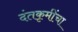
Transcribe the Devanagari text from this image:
दंतकृमींचा